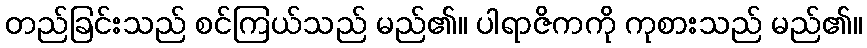
တည်ခြင်းသည် စင်ကြယ်သည် မည်၏။ ပါရာဇိကကို ကုစားသည် မည်၏။